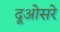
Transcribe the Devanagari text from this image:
दूओसरे